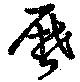
暦